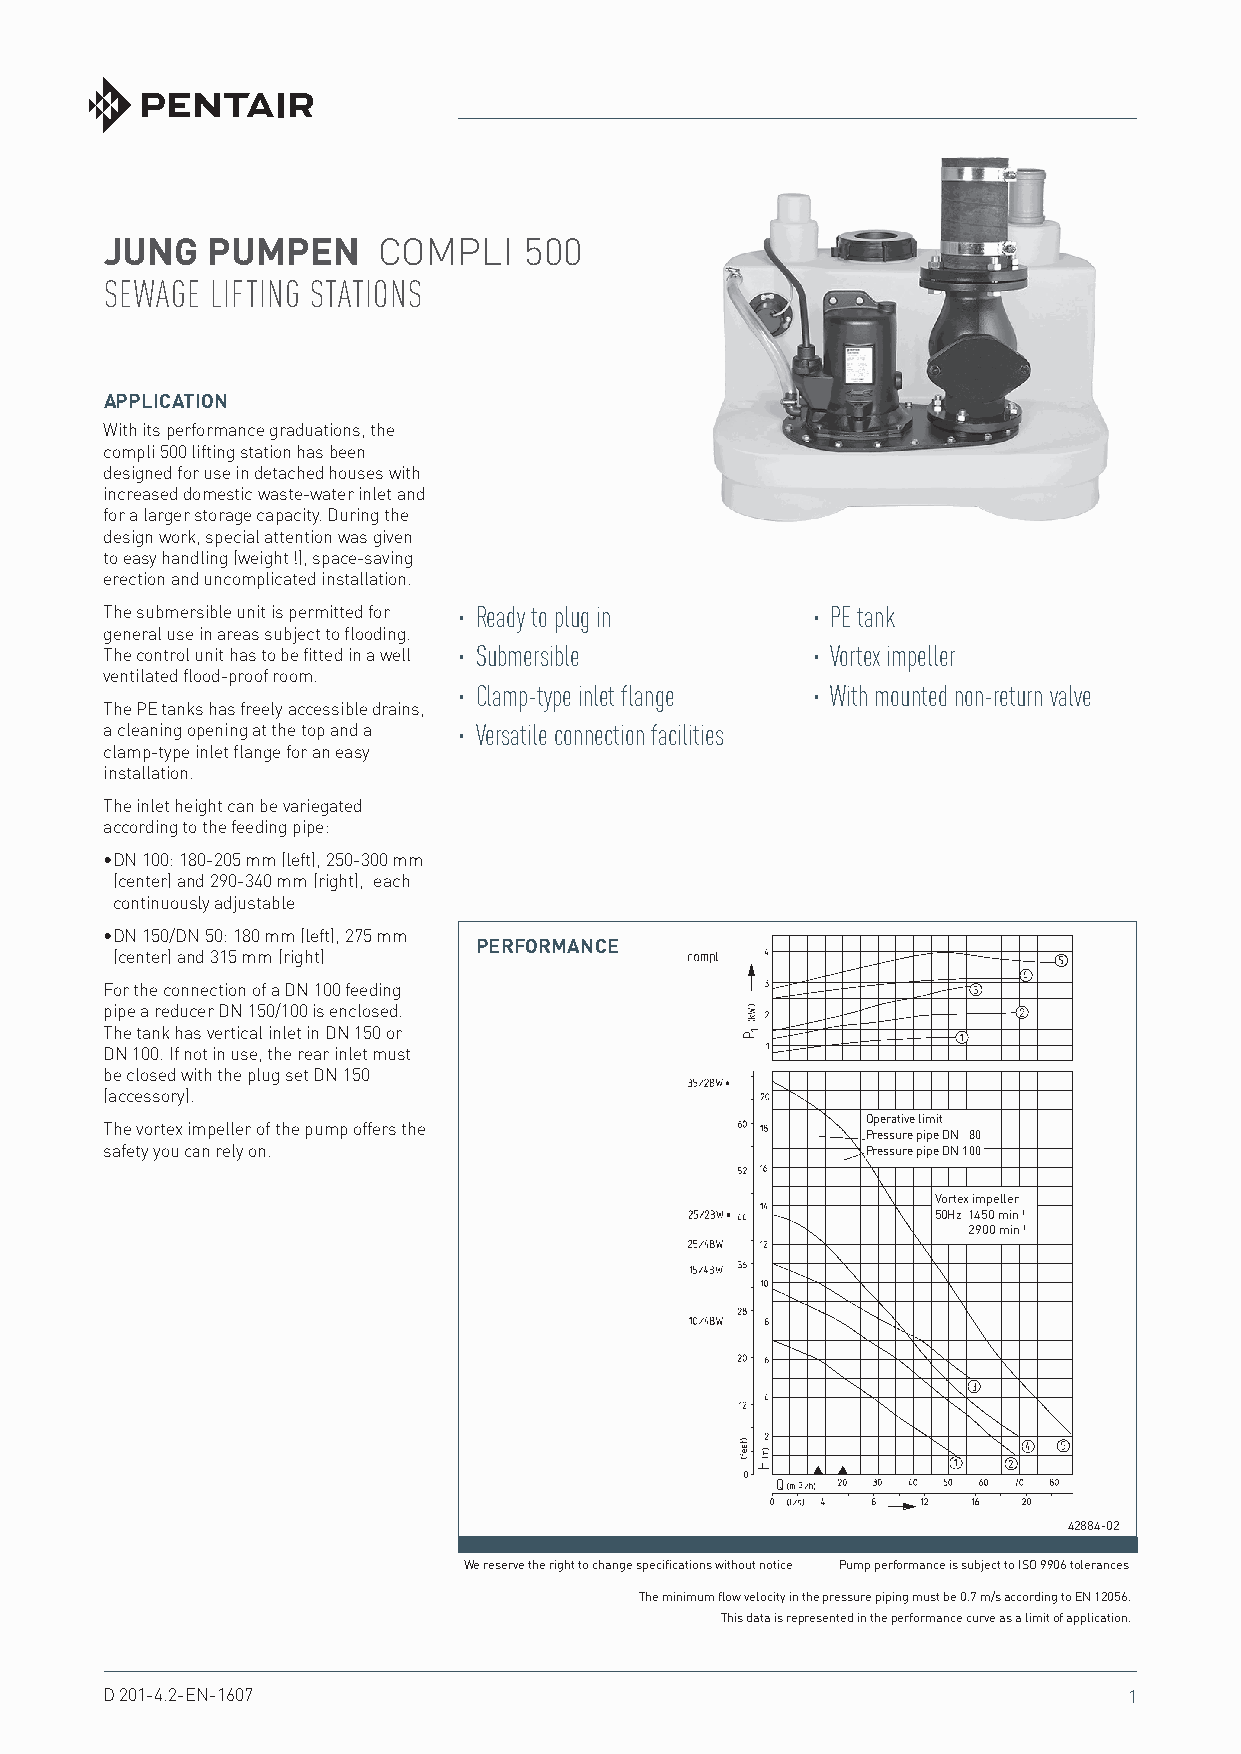
JUNG   PUMPEN     COMPLI    500
 SEWAGE LIFTING STATIONS
 APPLICATION
 With its performance graduations, the
 compli 500 lifting station has been
 designed for use in detached houses with
 increased domestic waste-water inlet and
 for a larger storage capacity. During the
 design work, special attention was given
 to easy handling (weight !), space-saving
 erection and uncomplicated installation.
 The submersible unit is permitted for · Ready to plug in · PE tank
 general use in areas subject to flooding.
 The control unit has to be fitted in a well · Submersible · Vortex impeller
 ventilated flood-proof room.
 · Clamp-type inlet flange · With mounted non-return valve
 The PE tanks has freely accessible drains,
 a cleaning opening at the top and a · Versatile connection facilities
 clamp-type inlet flange for an easy
 installation.
 The inlet height can be variegated
 according to the feeding pipe:
 • DN 100: 180-205 mm (left), 250-300 mm
 (center) and 290-340 mm (right), each
 continuously adjustable
 • DN 150/DN 50: 180 mm (left), 275 mm
 PERFORMANCE
 (center) and 315 mm (right)
 For the connection of a DN 100 feeding
 pipe a reducer DN 150/100 is enclosed.
 The tank has vertical inlet in DN 150 or
 DN 100. If not in use, the rear inlet must
 be closed with the plug set DN 150
 (accessory).
 Operative limit
 The vortex impeller of the pump offers the
 Pressure pipe DN 80
 safety you can rely on.                           Pressure pipe DN 100
 Vortex impeller
 50Hz 1450 min-1
 2900 min-1
 42884-02
 We reserve the right to change specifications without notice Pump performance is subject to ISO 9906 tolerances
 The minimum flow velocity in the pressure piping must be 0.7 m/s according to EN 12056.
 This data is represented in the performance curve as a limit of application.
 D 201-4.2-EN-1607                                                   1